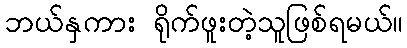
ဘယ်နှကား ရိုက်ဖူးတဲ့သူဖြစ်ရမယ်။